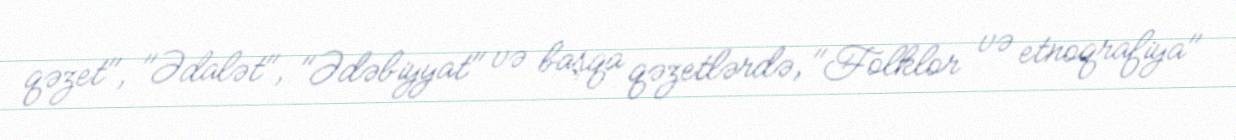
qəzet", "Ədalət", "Ədəbiyyat" və başqa qəzetlərdə, "Folklor və etnoqrafiya"